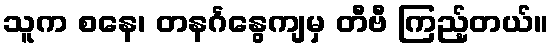
သူက စနေ၊ တနင်္ဂနွေကျမှ တီဗီ ကြည့်တယ်။